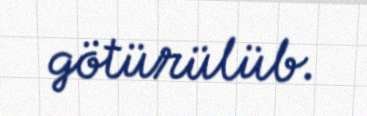
götürülüb.